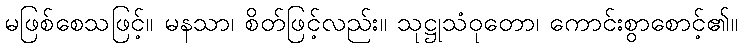
မဖြစ်စေသဖြင့်။ မနသာ၊ စိတ်ဖြင့်လည်း။ သုဋ္ဌုသံဝုတော၊ ကောင်းစွာစောင့်၏။